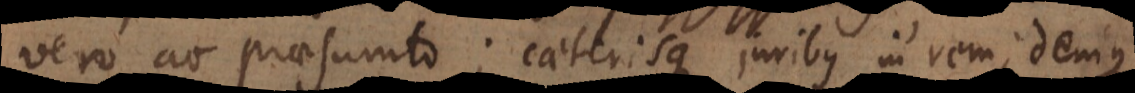
vero ac praesumto; caeterisque juribus in rem, denique